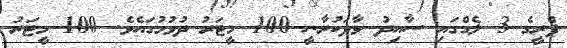
ޕްރީގެ 3 ލެގްގައި ސާއިދު ވާދަކުރާނީ 100 މީޓަރު ދުވުމުގައެވެ. 100 މީޓަރު